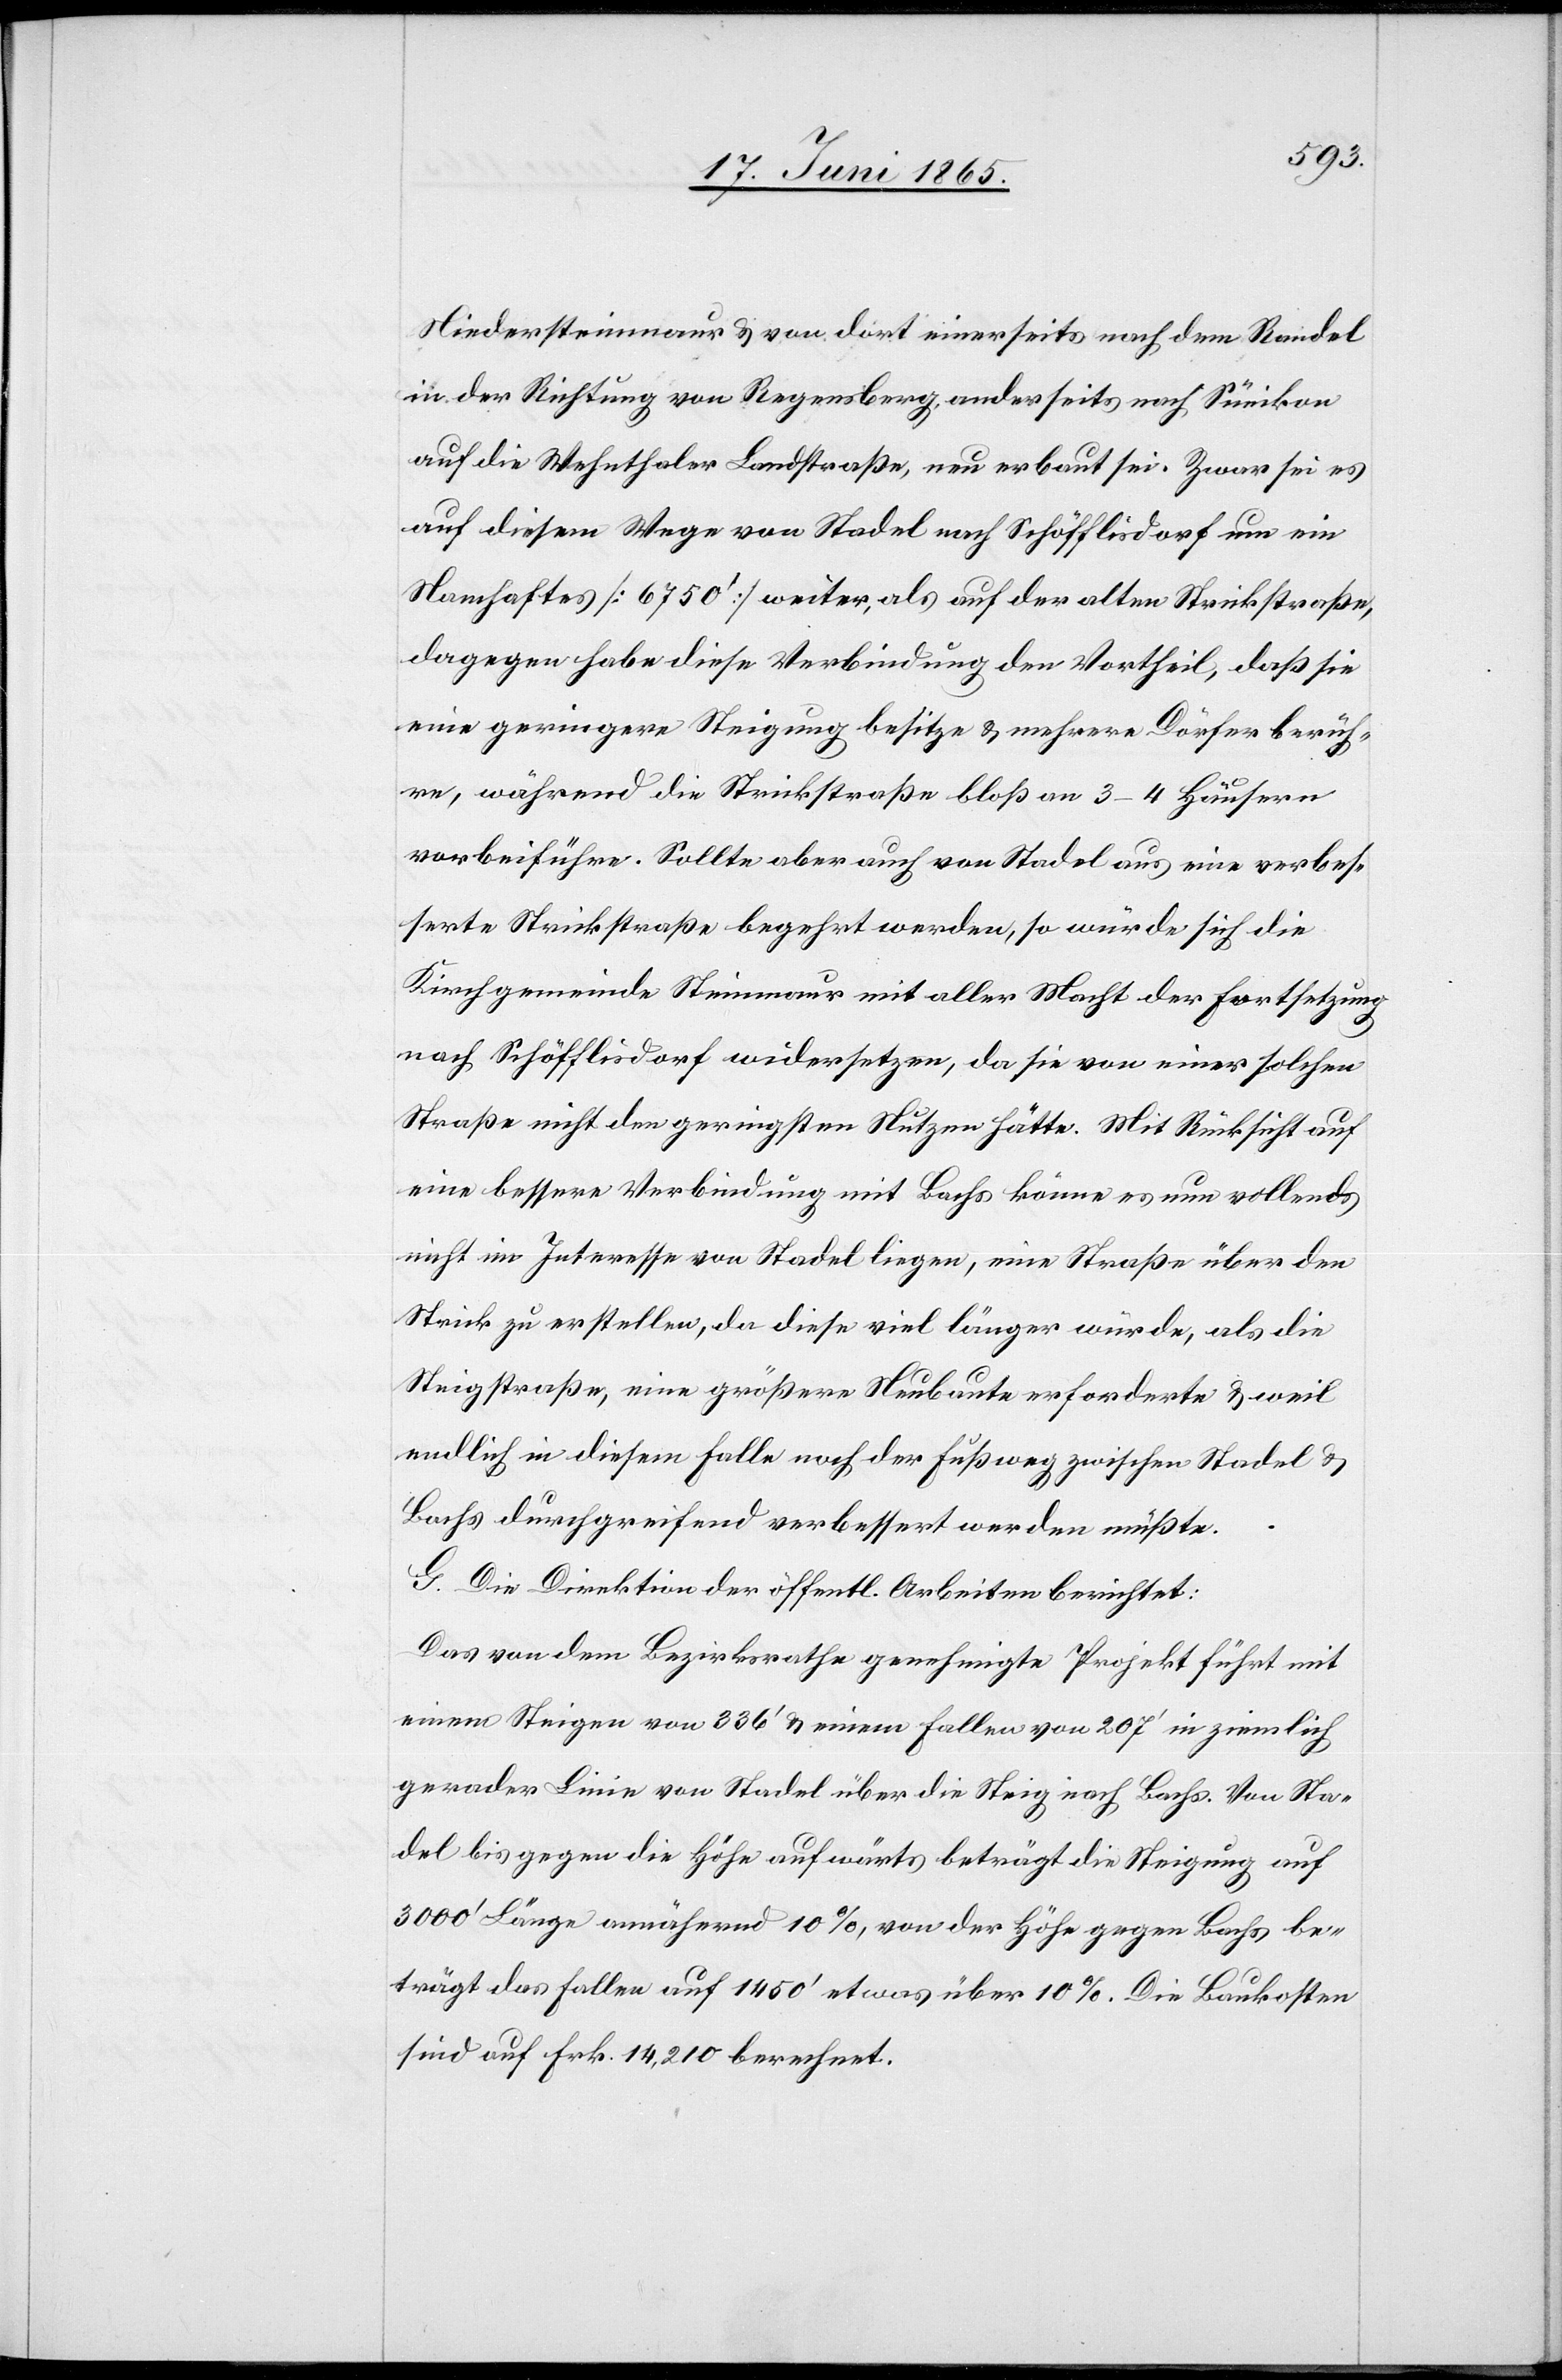
Niedersteinmaur & von dort einerseits nach dem Randel
in der Richtung von Regensberg, anderseits nach Sünikon
auf die Wehnthalter Landstraße, neu erbaut sei. Zwar sei es
auf diesem Wege von Stadel nach Schöfflisdorf um ein
Namhaftes [6750’] weiter, als auf der alten Strickstraße,
dagegen habe diese Verbindung den Vortheil, daß sie
eine geringere Steigung besitze & mehrere Dörfer berüh¬
re, während die Strickstraße bloß an 3–4 Häusern
vorbeiführe. Sollte aber auch von Stadel aus eine verbes¬
serte Strickstraße begehrt werden, so würde sich die
Kirchgemeinde Steinmaur mit aller Macht der Fortsetzung
nach Schöfflisdorf widersetzen, da sie von einer solchen
Straße nicht den geringsten Nutzen hätte. Mit Rücksicht auf
eine bessere Verbindung mit Bachs könne es nun vollends
nicht im Interesse von Stadel liegen, eine Straße über den
Strick zu erstellen, da diese viel länger würde, als die
Steigstraße, eine größere Neubaute erforderte & weil
endlich in diesem Falle noch der Fußweg zwischen Stadel &
Bachs durchgreifend verbessert werden müßte.
G. Die Direktion der öffentl. Arbeiten berichtet:
Das von dem Bezirksrathe genehmigte Projekt führt mit
einem Steigen von 336’ & einem Fallen von 207’ in ziemlich
gerader Linie von Stadel über die Steig nach Bachs. Von Sta¬
del bis gegen die Höhe aufwärts beträgt die Steigung auf
3000’ Länge während 10 %, von der Höhe gegen Bachs be¬
trägt das Fallen auf 1450’ etwas über 10 %. Die Baukosten
sind auf Frk. 14,210 berechnet.